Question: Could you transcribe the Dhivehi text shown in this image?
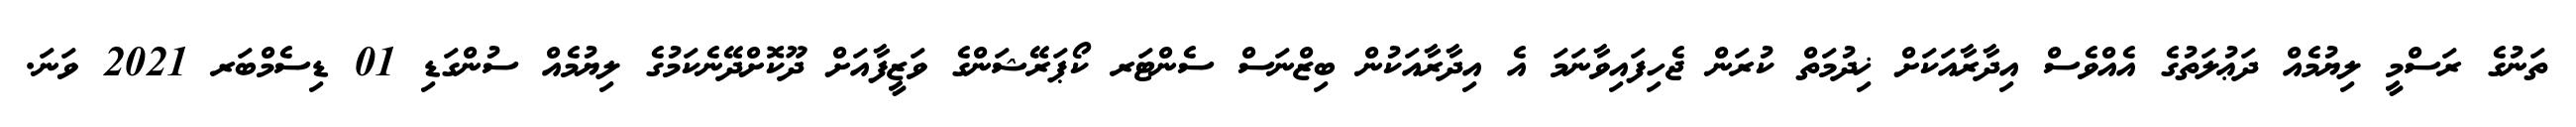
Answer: ތަނުގެ ރަސްމީ ލިޔުމެއް ދަޢުލަތުގެ އެއްވެސް އިދާރާއަކަށް ޚިދުމަތް ކުރަން ޖެހިފައިވާނަމަ އެ އިދާރާއަކުން ބިޒްނަސް ސެންޓަރ ކޯޕަރޭޝަންގެ ވަޒީފާއަށް ދޫކޮށްދޭނެކަމުގެ ލިޔުމެއް ސުންގަޑި 01 ޑިސެމްބަރ 2021 ވަނަ.